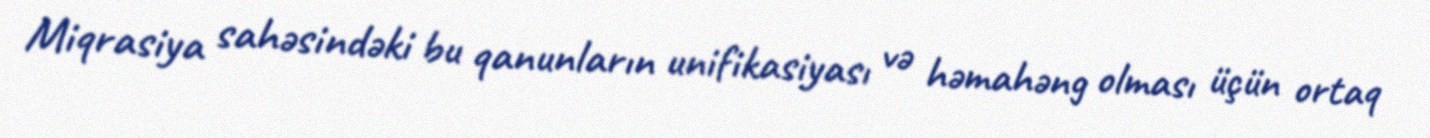
Miqrasiya sahəsindəki bu qanunların unifikasiyası və həmahəng olması üçün ortaq